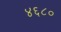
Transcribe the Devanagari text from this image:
४६८०